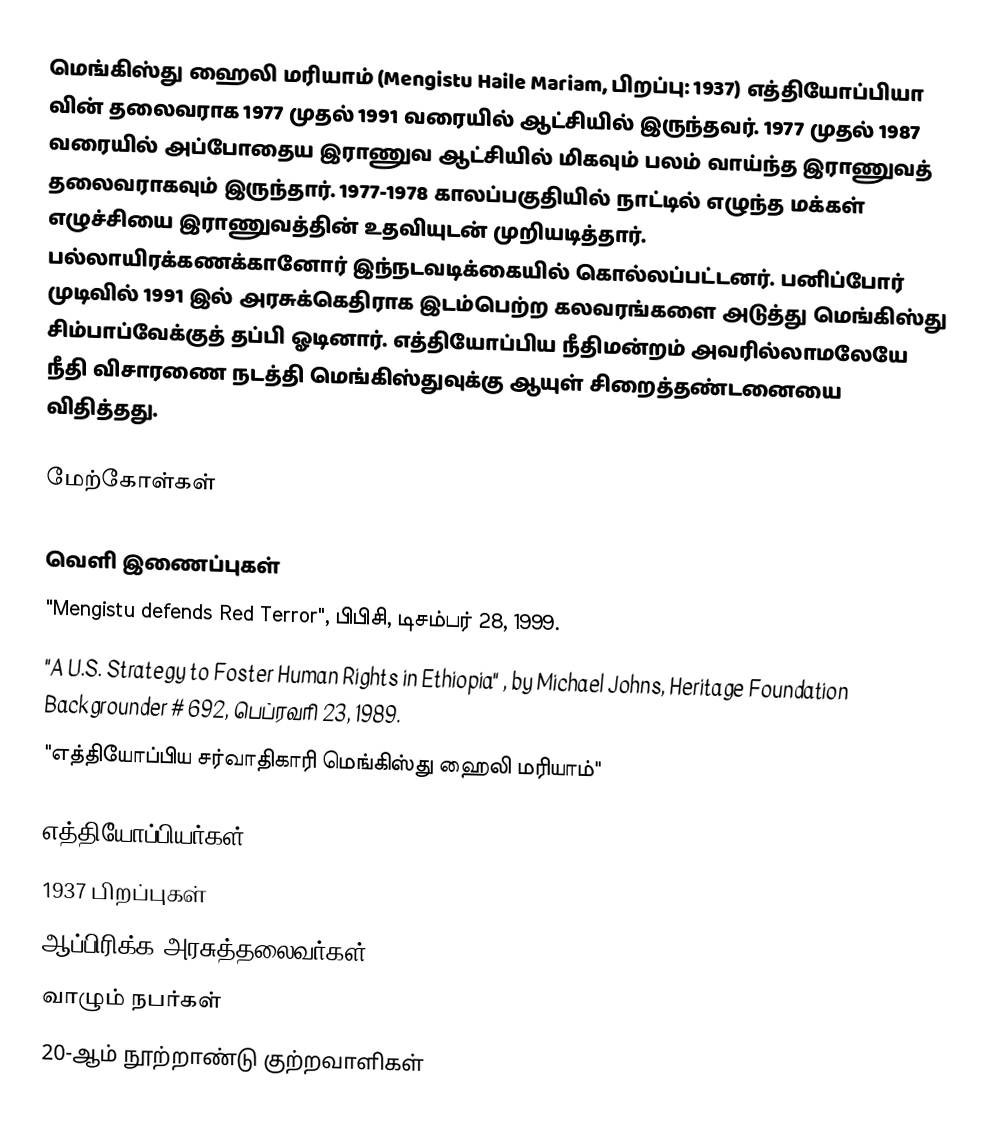
மெங்கிஸ்து ஹைலி மரியாம் (Mengistu Haile Mariam, பிறப்பு: 1937) எத்தியோப்பியா வின் தலைவராக 1977 முதல் 1991 வரையில் ஆட்சியில் இருந்தவர். 1977 முதல் 1987 வரையில் அப்போதைய இராணுவ ஆட்சியில் மிகவும் பலம் வாய்ந்த இராணுவத் தலைவராகவும் இருந்தார். 1977-1978 காலப்பகுதியில் நாட்டில் எழுந்த மக்கள் எழுச்சியை இராணுவத்தின் உதவியுடன் முறியடித்தார். பல்லாயிரக்கணக்கானோர் இந்நடவடிக்கையில் கொல்லப்பட்டனர். பனிப்போர் முடிவில் 1991 இல் அரசுக்கெதிராக இடம்பெற்ற கலவரங்களை அடுத்து மெங்கிஸ்து சிம்பாப்வேக்குத் தப்பி ஓடினார். எத்தியோப்பிய நீதிமன்றம் அவரில்லாமலேயே நீதி விசாரணை நடத்தி மெங்கிஸ்துவுக்கு ஆயுள் சிறைத்தண்டனையை விதித்தது.

மேற்கோள்கள்

வெளி இணைப்புகள்
 "Mengistu defends Red Terror", பிபிசி, டிசம்பர் 28, 1999.
 "A U.S. Strategy to Foster Human Rights in Ethiopia" , by Michael Johns, Heritage Foundation Backgrounder # 692, பெப்ரவரி 23, 1989.
 "எத்தியோப்பிய சர்வாதிகாரி மெங்கிஸ்து ஹைலி மரியாம்"

எத்தியோப்பியர்கள்
1937 பிறப்புகள்
ஆப்பிரிக்க அரசுத்தலைவர்கள்
வாழும் நபர்கள்
20-ஆம் நூற்றாண்டு குற்றவாளிகள்